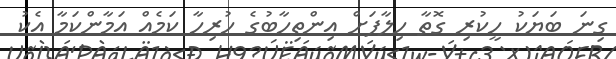
ގިނަ ބަަޔަކު ހީކުރި ގޮތާ ހިލާފަށް އިންތިހާބުގެ ހުރިހާ ކަމެއް އަމާންކަމާ އެކު